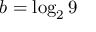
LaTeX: b = \log _ { 2 } 9